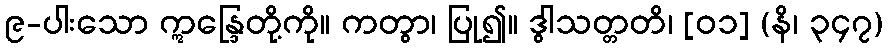
၉-ပါးသော ဣန္ဒြေတို့ကို။ ကတွာ၊ ပြု၍။ ဒွါသတ္တတိ၊ [၀၁] (နိ၊ ၃၄၇)